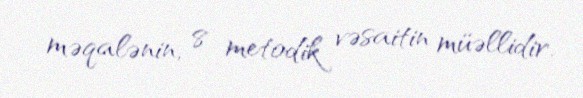
məqalənin, 8 metodik vəsaitin müəllidir.